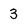
Character: 3